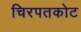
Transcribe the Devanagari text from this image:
चिरपतकोट